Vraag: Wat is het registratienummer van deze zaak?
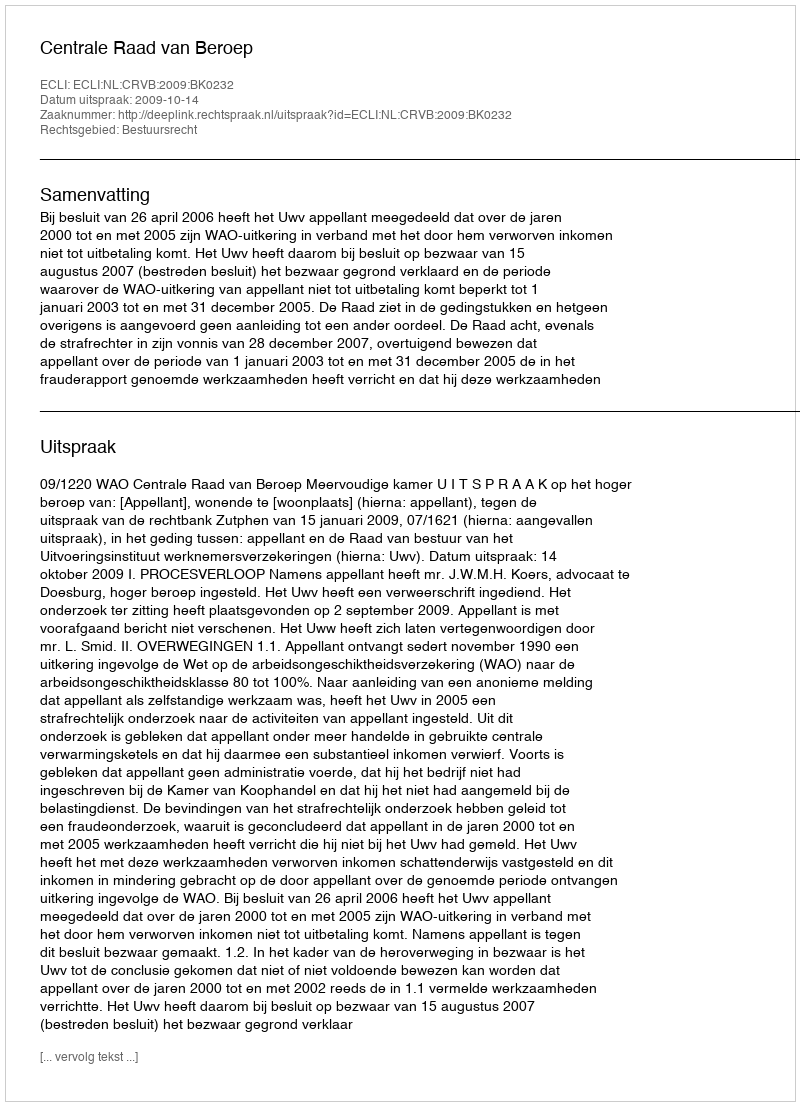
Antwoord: http://deeplink.rechtspraak.nl/uitspraak?id=ECLI:NL:CRVB:2009:BK0232